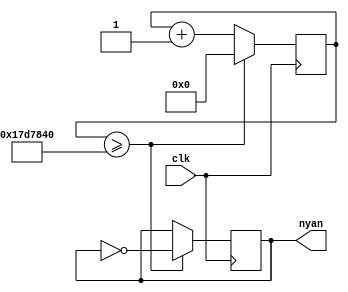
`timescale 1ns / 1ps
//////////////////////////////////////////////////////////////////////////////////
// Company: 
// Engineer: 
// 
// Design Name: 
// Module Name: nyan_clk
// Project Name: 
// Target Devices: 
// Tool Versions: 
// Description: 
// 
// Dependencies: 
// 
// Revision:
// Revision 0.01 - File Created
// Additional Comments:
// 
//////////////////////////////////////////////////////////////////////////////////


`timescale 1ns / 1ps
/**
 * 30 Hz Clock for color selector
 */

module nyan_clk(
    input clk,
    output reg nyan
    );
    
    reg [24:0] count = 0;
    
    always @(posedge clk) begin
        nyan <= (count >= 25000000) ? ~nyan : nyan;
        count <= (count >= 25000000) ? 0 : (count + 1);
    end
endmodule